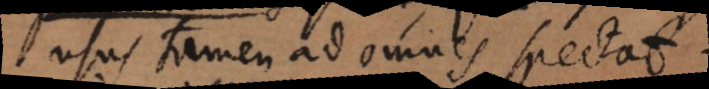
usus tamen ad omnes spectat.